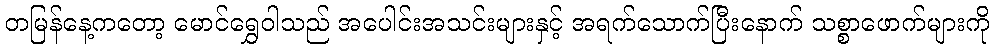
တမြန်နေ့ကတော့ မောင်ရွှေဝါသည် အပေါင်းအသင်းများနှင့် အရက်သောက်ပြီးနောက် သစ္စာဖောက်များကို